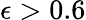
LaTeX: \epsilon>0.6